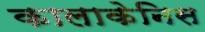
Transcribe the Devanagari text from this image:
कालाकेनिस